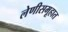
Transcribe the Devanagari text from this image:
लेणीसमूहात